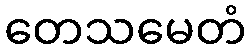
တေသမေတံ